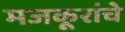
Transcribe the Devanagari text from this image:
मजकूरांचे